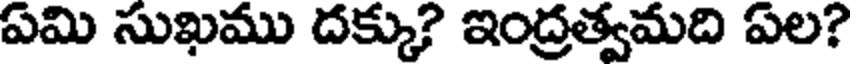
ఏమి సుఖము దక్కు? ఇంద్రత్వమది ఏల?